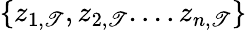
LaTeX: \{ z_{1,\mathscr{T}},z_{2,\mathscr{T}}....z_{n,\mathscr{T}}\}